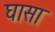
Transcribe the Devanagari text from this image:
घासा